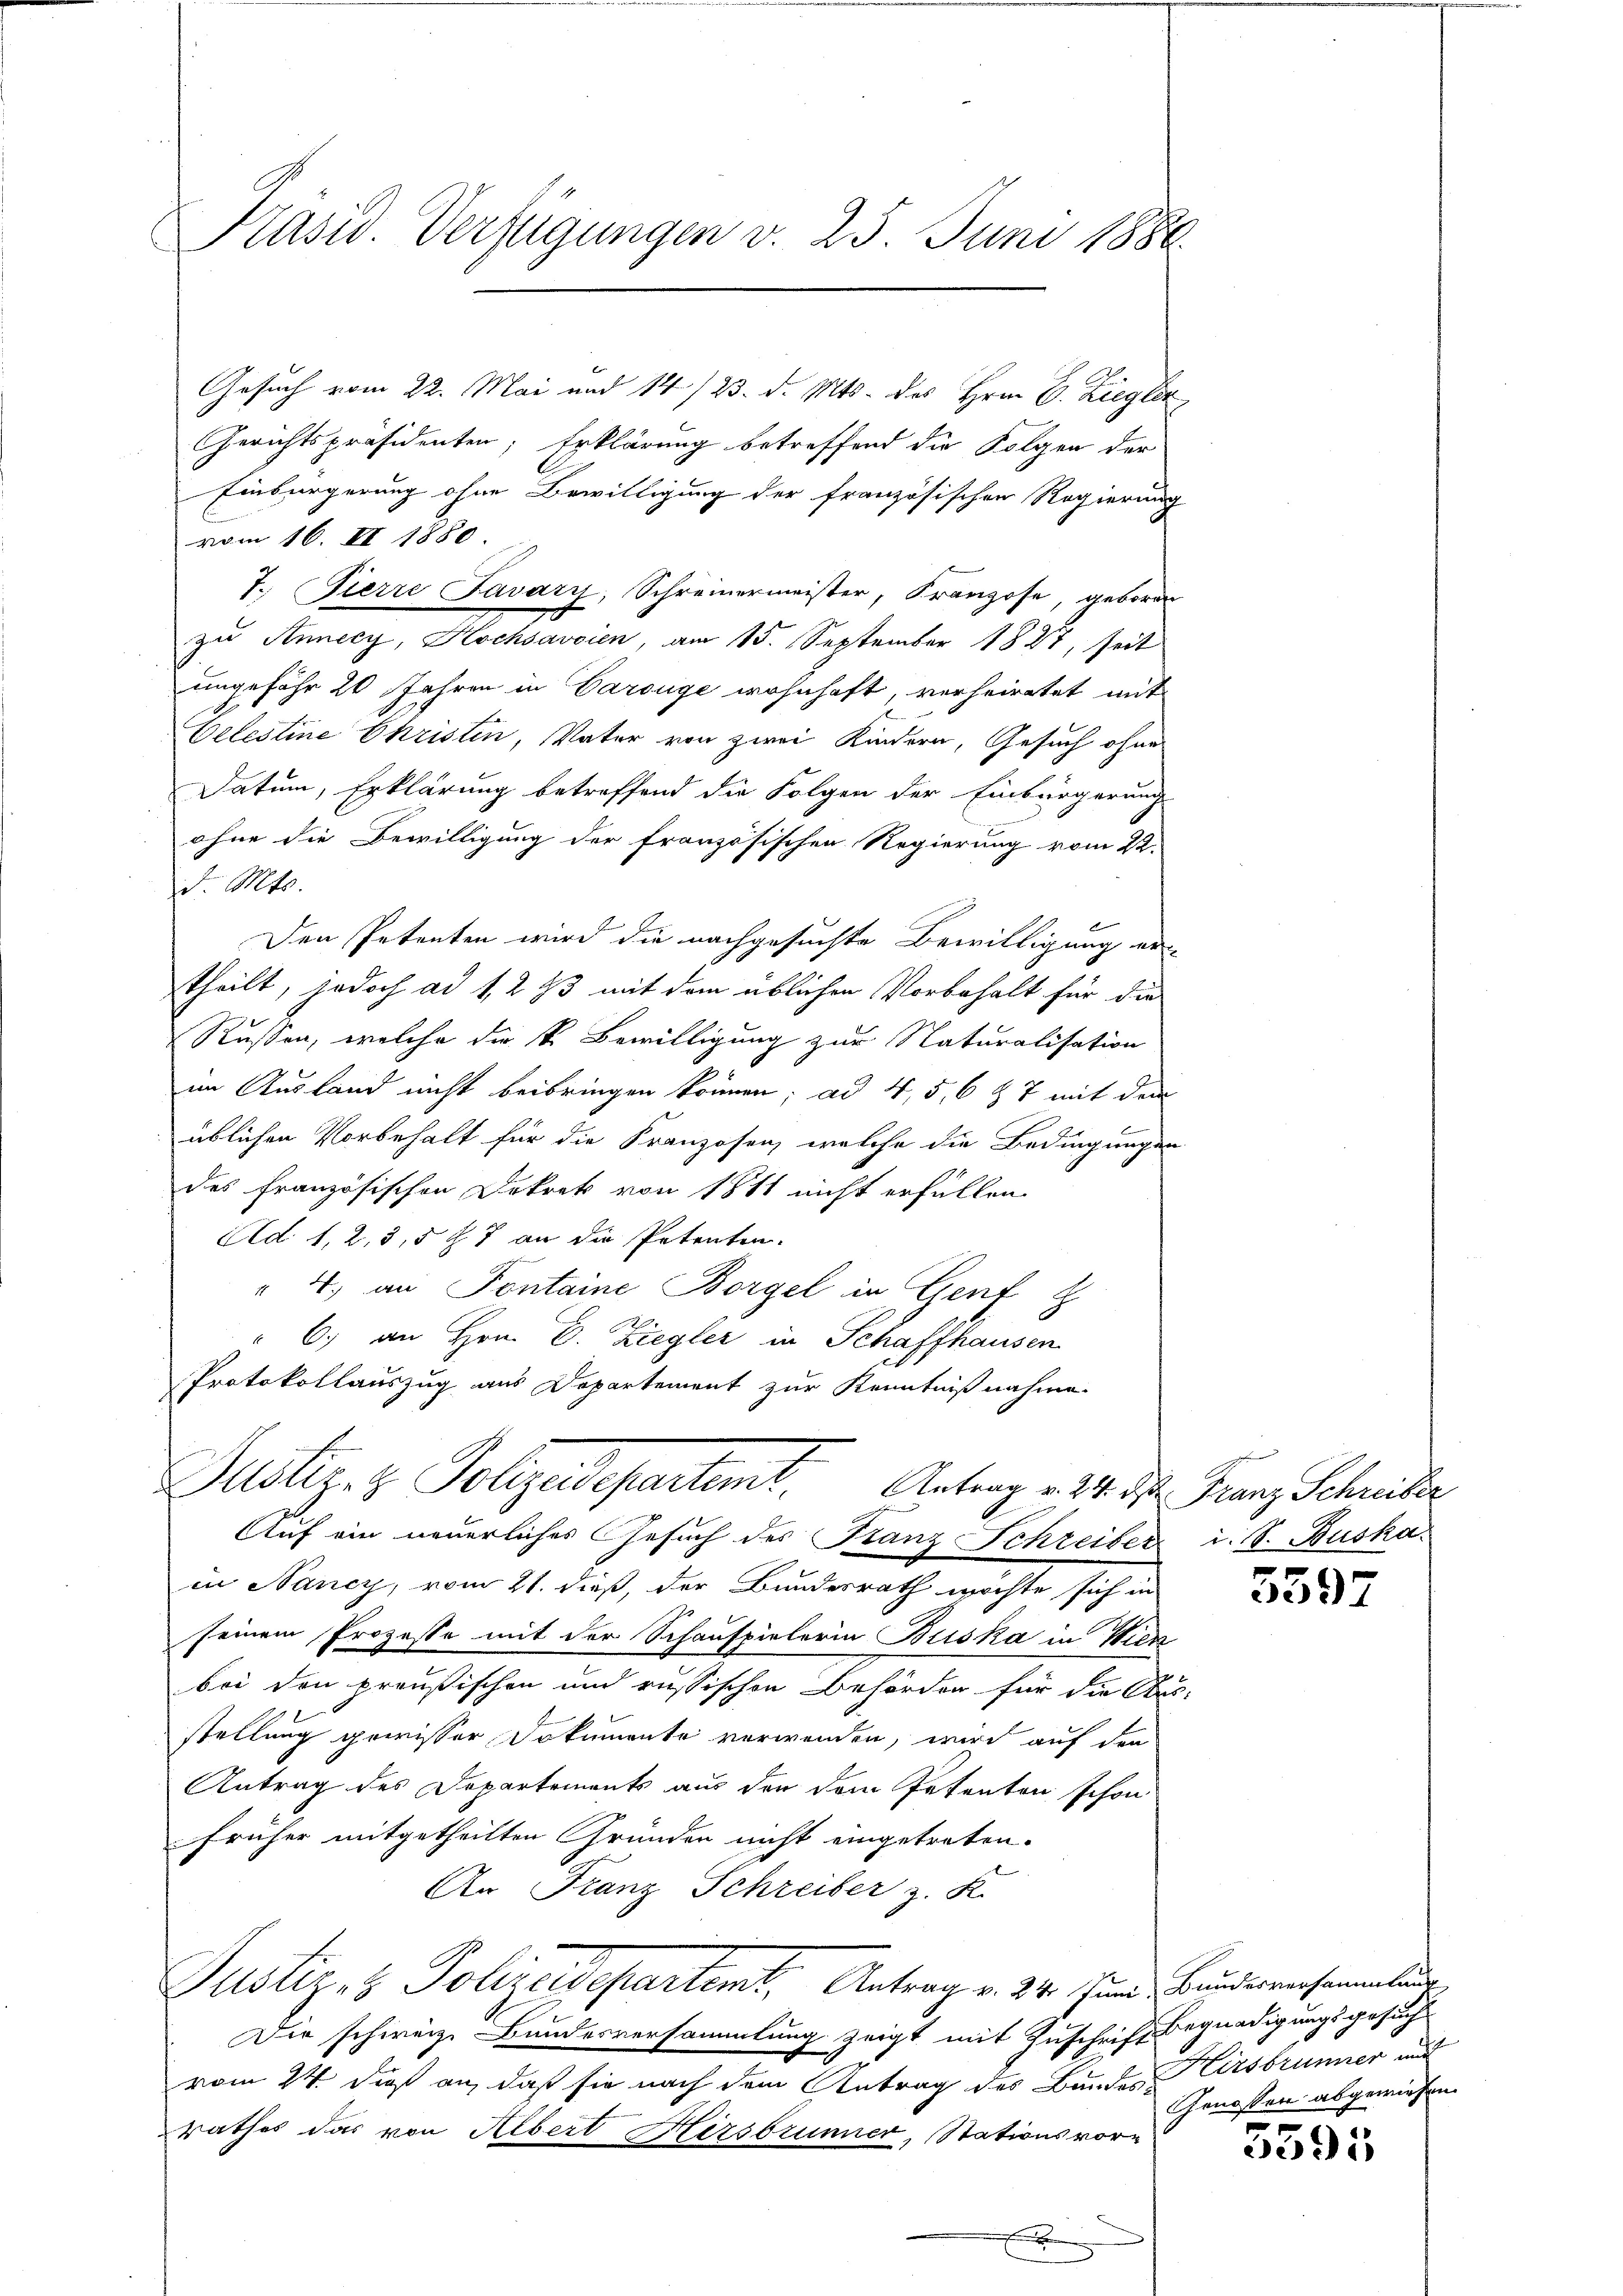
Präsid. Verfügungen v. 25. Juni 1886

Gesuch vom 22. Mai und 14/23. d. Mts. des Hrn. C. Ziegler
Gerichtspräsidenten; Erklärung betreffend die Folgen der
Einbürgerung ohne Bewilligung der französischen Regierung
vom 16. II 1880
7. Fierre Pavary, Schreinermeister, Franzose, geboren
zu Annecy, Kochsavoien, am 15. September 1827, Zeit
ungefähr 20 Jahren in Darsüge wohnhaft, verheiratet mit
Celestine Christen, Vater von zwei Kindern, Gesuch ohne
Datum, Erklärung betreffend die Folgen der Einbürgerung
ohne die Bewilligung der französischen Regierung vom 22.
 Mt.
Den Petenten wird die nachgesuchte Bewilligung er-
theilt, jedoch ad 1, 2 33 mit dem üblichen Vorbehalt für die
Russen, welche die k. Bewilligung zur Naturalisation
im Ausland nicht beibringen können; ad 4, 5, 6 § 7 mit dem
üblichen Vorbehalt für die Franzosen, welche die Bedingungen
des Französischen Dekret von 1811 nicht erfüllen
Ad 1, 2, 3,5 x 7 an die Petenten.
" 4. an Pontaine Borgel in Genf
"6) an Hrn. C. Ziegler in Schaffhausen
Protokollauszug aus Departement zur Kenntnißnahme.

Justiz & Polizeidepartemt. Antrag v. 24. d. Franz Schreiber
Auf ein neuerliches Gesuch des Franz Schreiber i. S. Buska

in Nancy, vom 21. dieß, der Bundesrath möchte sich in
seinem Prozesse mit der Schauspielerin Briska in Wien
bei den preußischen und russischen Behörden für die An
stellung gewisser Dokumente verwenden, wird auf den
Antrag des Departements aus den dem Petenten schon
früher mitgetheilten Gründen nicht eingetreten.
An Franz Schreiber z. K.
Justiz- & Polizeidepartemt. Antrag v. 24. Juni, Bunderen sammlun
Die schweiz. Bundesversammlung zeigt mit Zuschrift Begnadigungsgesuche
vom 24. dieß an, daß sie nach dem Antrag des Bundes Hirsbrunner auf
rathes das von Albert Hirsbrunner, Stationsvorxx

5397

Genossen abgewiesen.

3595